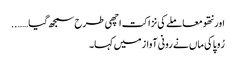
اور نتھو معاملے کی نزاکت اچھی طرح سمجھ گیا……..
رُوپا کی ماں نے رونی آواز میں کہا۔